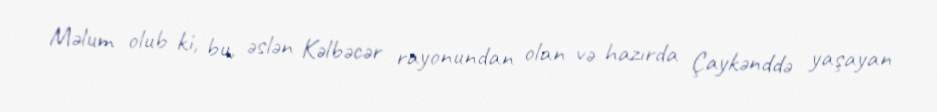
Məlum olub ki, bu, əslən Kəlbəcər rayonundan olan və hazırda Çaykənddə yaşayan